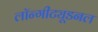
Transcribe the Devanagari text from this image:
लॉन्गीट्यूडनल